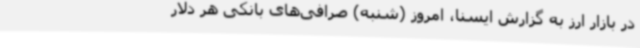
در بازار ارز به گزارش ایسنا، امروز (شنبه) صرافی‌های بانکی هر دلار